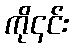
ကို၎င်း